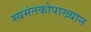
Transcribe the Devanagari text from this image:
स्यमंतकोपाख्यान